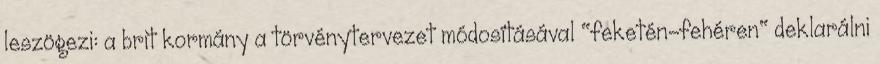
leszögezi: a brit kormány a törvénytervezet módosításával "feketén-fehéren" deklarálni